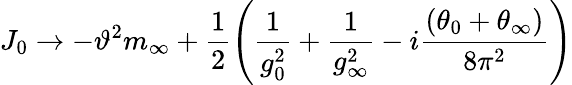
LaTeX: J_{0}\to-\vartheta^{2}m_{\infty}+\frac{1}{2}\left(\frac{1}{g_{0}^{2}}+\frac{1}{g_{\infty}^{2}}-i\frac{(\theta_{0}+\theta_{\infty})}{8\pi^{2}}\right)